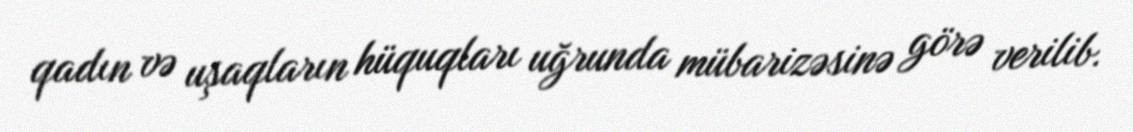
qadın və uşaqların hüquqları uğrunda mübarizəsinə görə verilib.